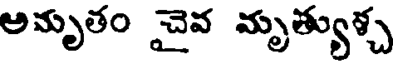
అమృతం చైవ మృత్యుళ్చ